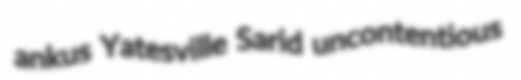
ankus Yatesville Sarid uncontentious